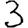
Digit: 3